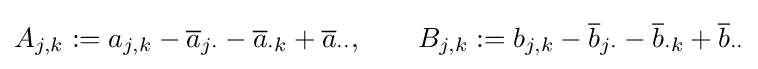
A_{j,k}:=a_{j,k}-{\overline {a}}_{j\cdot }-{\overline {a}}_{\cdot k}+{\overline {a}}_{\cdot \cdot },\qquad B_{j,k}:=b_{j,k}-{\overline {b}}_{j\cdot }-{\overline {b}}_{\cdot k}+{\overline {b}}_{\cdot \cdot }